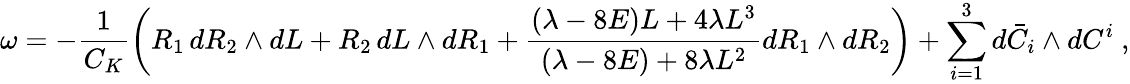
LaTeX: \omega=-\displaystyle\frac{1}{C_{K}}\left(R_{1}\, dR_{2}\wedge dL+R_{2}\, dL\wedge dR_{1}+\displaystyle\frac{(\lambda-8E)L+4\lambda L^{3}}{(\lambda-8E)+8\lambda L^{2}}dR_{1}\wedge dR_{2}\right)+\sum_{i=1}^{3}d\bar{C}_{i}\wedge dC^{i}~,